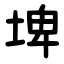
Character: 埤